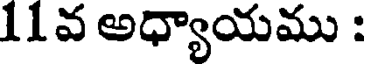
11 వ అధ్యాయము :